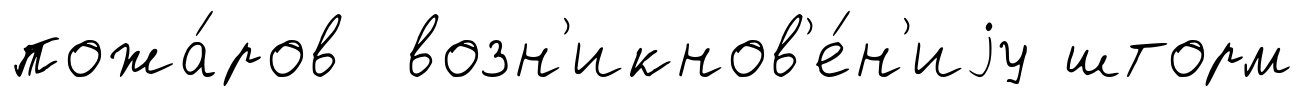
пожа́ров возн'икнов'е́н'иjу шторм